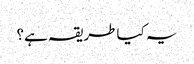
یہ کیا طریقہ ہے؟